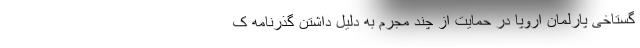
گستاخی پارلمان اروپا در حمایت از چند مجرم به دلیل داشتن گذرنامه ک